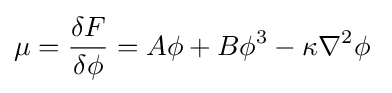
\mu ={\frac {\delta F}{\delta \phi }}=A\phi +B\phi ^{3}-\kappa \nabla ^{2}\phi \;